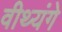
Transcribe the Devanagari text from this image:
वीथ्यंगे